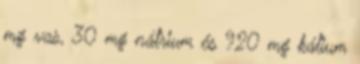
mg vas, 30 mg nátrium és 920 mg kálium